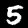
Label: 5